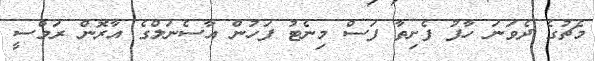
މެޗުގެ ދެވަނަ ހާފު ފެށިތާ ފަސް މިނެޓު ފަހުން އާސެނަލްގެ އާރޮން ރަމްސީ